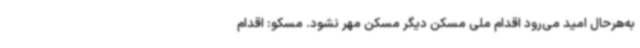
به‌هرحال امید می‌رود اقدام ملی مسکن دیگر مسکن مهر نشود. مسکو: اقدام